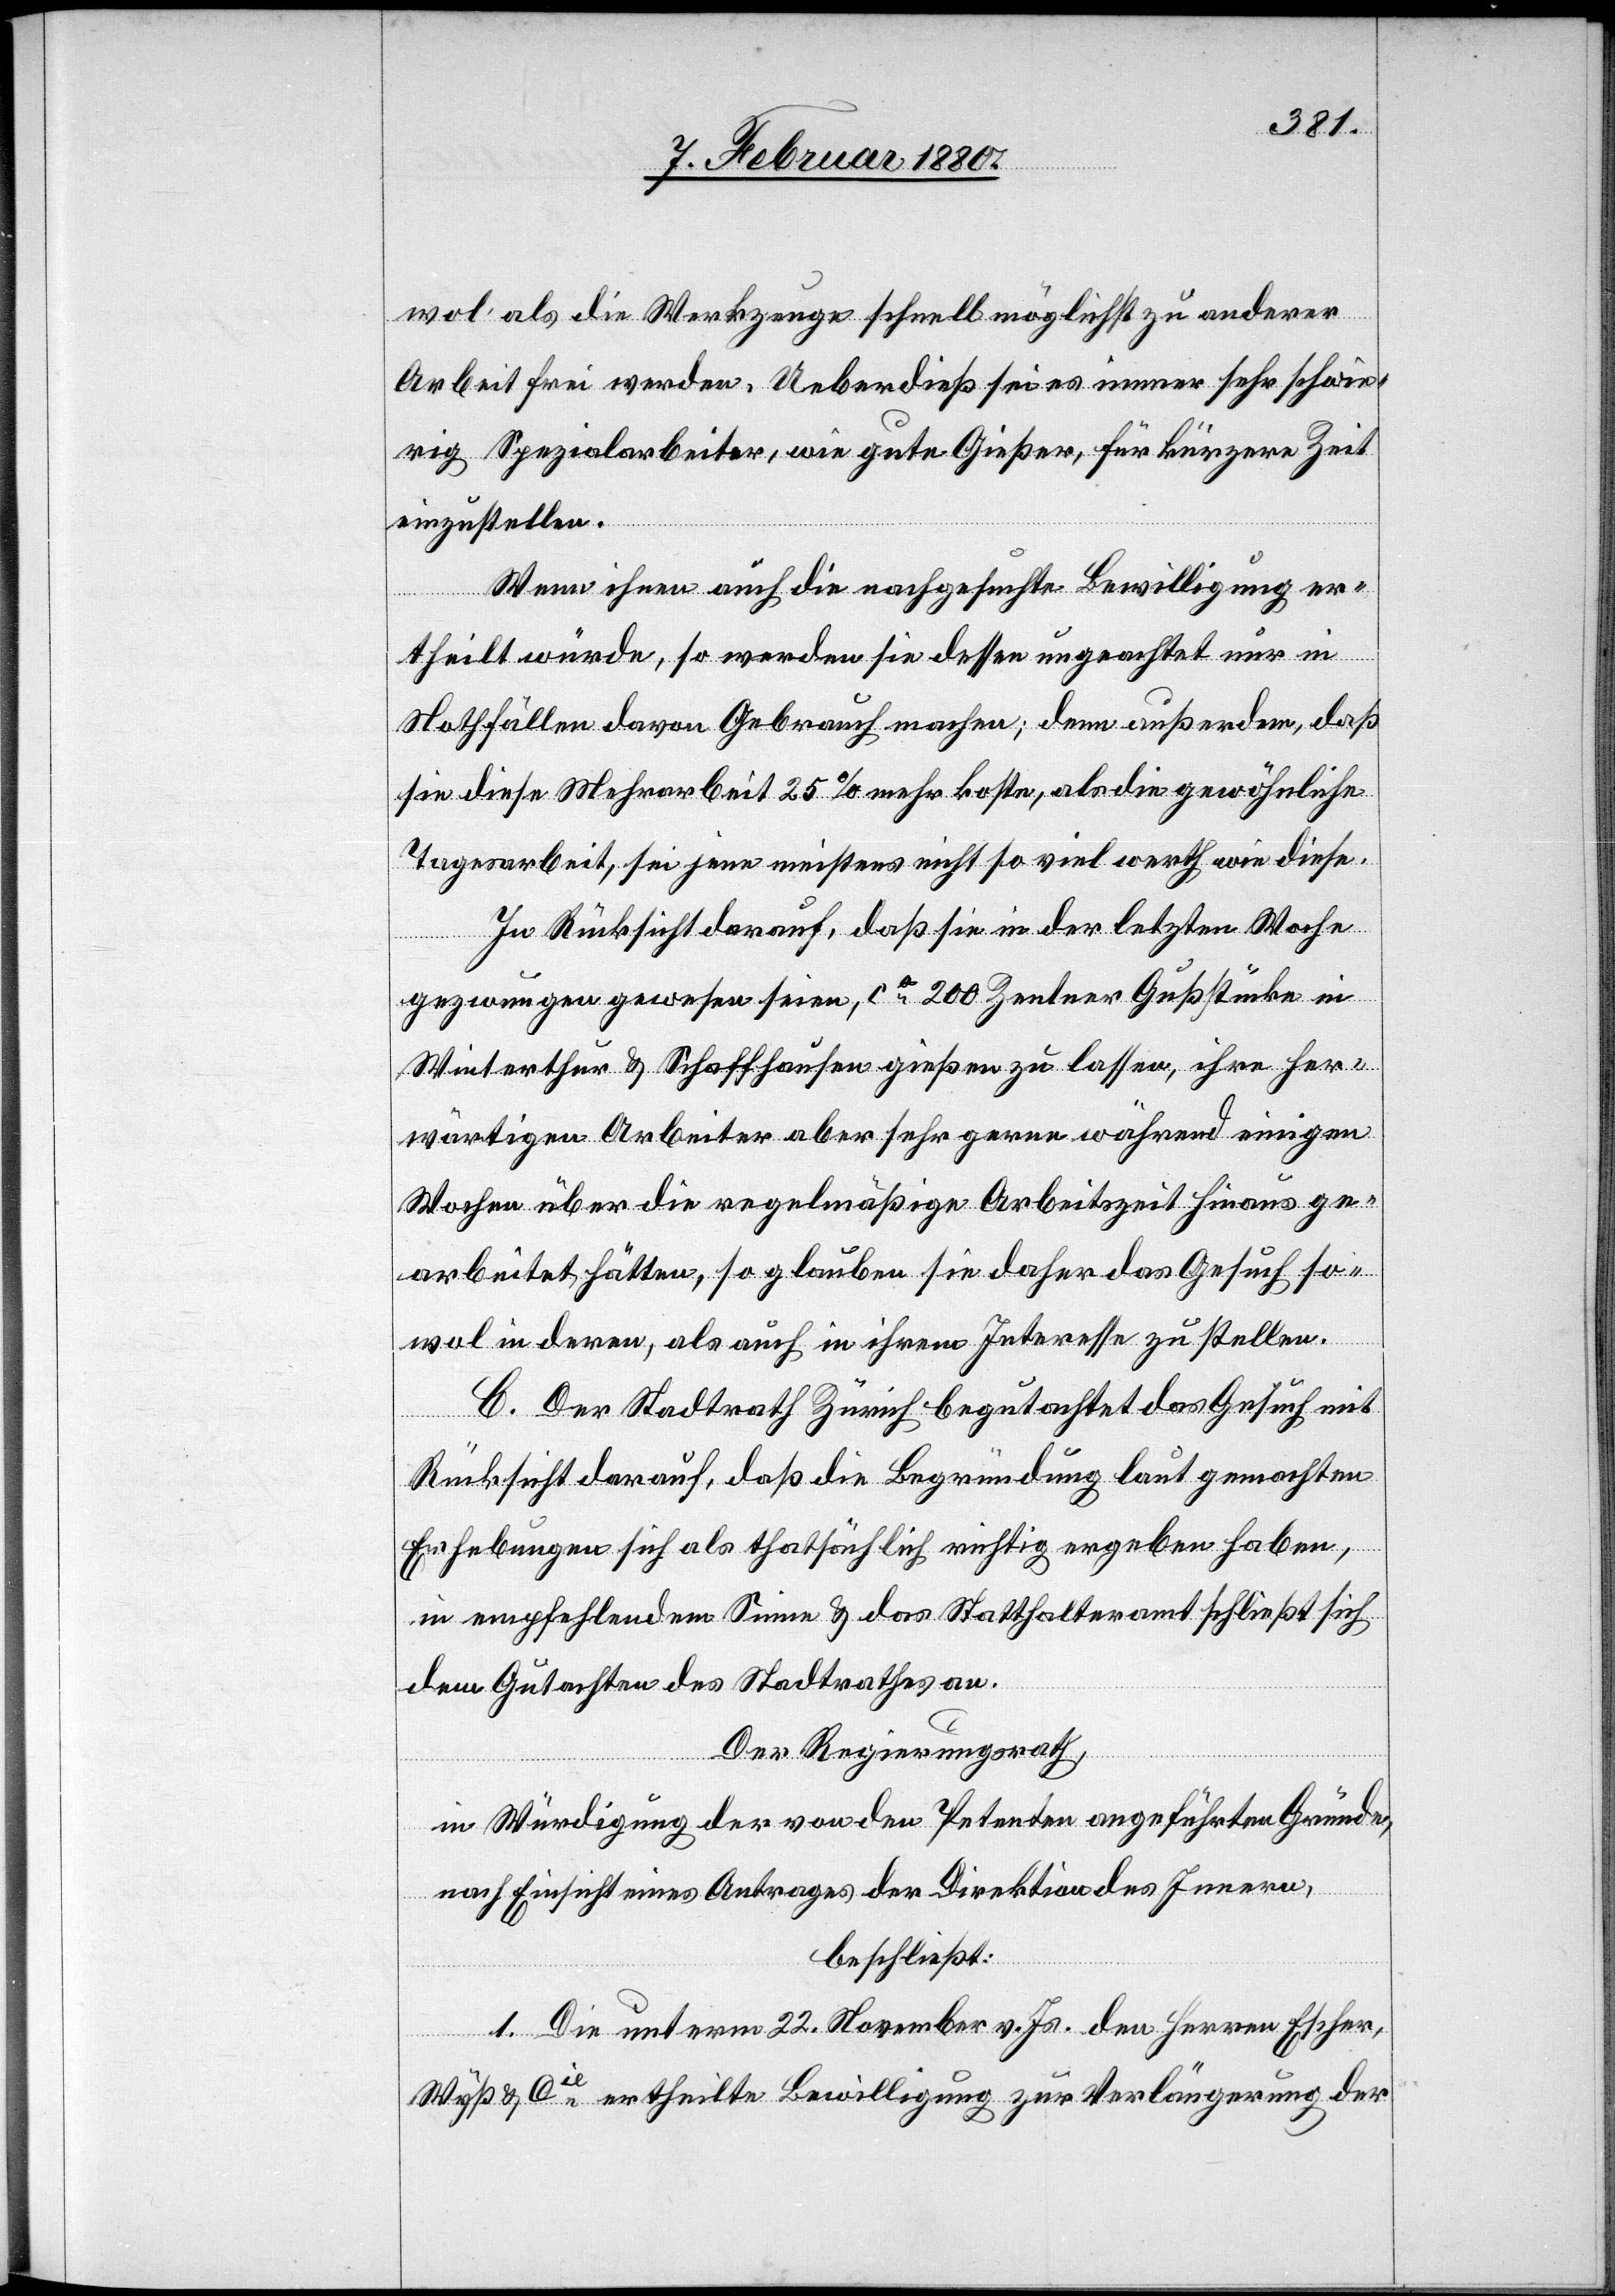
wol als die Werkzeige schnell möglichst zu anderer
Arbeit frei werden. Ueberdieß sei es immer sehr schwie¬
rig, Spezialarbeiter, wie gute Gießer, für kürzere Zeit
einzustellen.
Wenn ihnen auch die nachgesuchte Bewilligung er¬
theilt würde, so werden sie dessen ungeachtet nur in
Nothfällen davon Gebrauch machen; denn außerdem, daß
sie diese Mehrarbeit 25% mehr koste, als die gewöhnliche
Tagesarbeit, sei jene meistens nicht so viel werth wie diese.
In Rücksicht darauf, daß sie in der letzten Woche
gezwungen gewesen seien, ca 200 Zentner Gußstücke in
Winterthur & Schaffhausen gießen zu lassen, ihre her¬
wärtigen Arbeiter aber sehr gerne während einigen
Wochen über die regelmäßige Arbeitszeit hinaus ge¬
arbeitet hätten, so glauben sie daher das Gesuch so¬
wol in deren, als auch in ihrem Interesse zu stellen.
C. Der Stadtrath Zürich begutachtet das Gesuch mit
Rücksicht darauf, daß die Begründung laut gemachten
Erhebungen sich als thatsächlich richtig ergeben haben
in empfehlendem Sinne & das Statthalteramt schließt sich
dem Gutachten des Stadtrathes an.
Der Regierungsrath,
in Würdigung der von den Petenten angeführten Gründe,
nach Einsicht eines Antrages der Direktion des Innern,
beschließt:
1. Die unterm 22. November v. Js. den Herren Escher,
Wyß & Cie ertheilte Bewilligung zur Verlängerung der